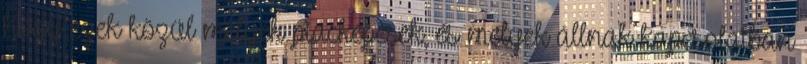
hogy ezek közül melyek piacképesek, és melyek állnak kapcsolatban